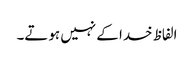
الفاظ خدا کے نہیں ہوتے۔